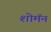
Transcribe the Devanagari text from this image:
शोमॅन